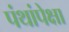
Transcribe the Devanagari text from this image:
पंथांपेक्षा